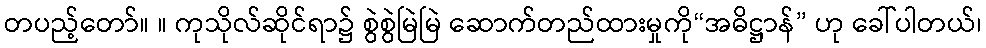
တပည့်တော်။ ။ ကုသိုလ်ဆိုင်ရာ၌ စွဲစွဲမြဲမြဲ ဆောက်တည်ထားမှုကို“အဓိဋ္ဌာန်” ဟု ခေါ်ပါတယ်၊